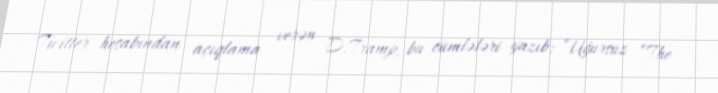
Twitter hesabından açıqlama verən D.Tramp, bu cümlələri yazıb: “Uğursuz “The